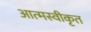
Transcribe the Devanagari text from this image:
आत्‍मस्‍वीकृत